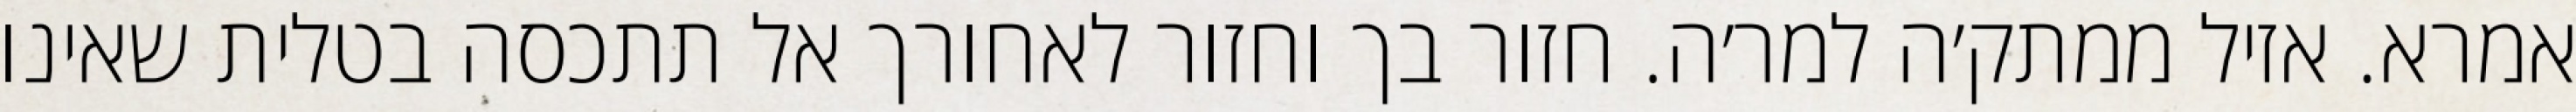
אמרא. אזיל ממתק׳ה למר׳ה. חזור בך וחזור לאחורך אל תתכסה בטלית שאינו